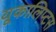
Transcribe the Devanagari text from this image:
यूकालिप्टस